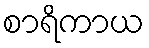
စာရိကာယ